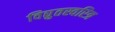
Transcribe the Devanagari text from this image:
विद्युतस्वरित्र